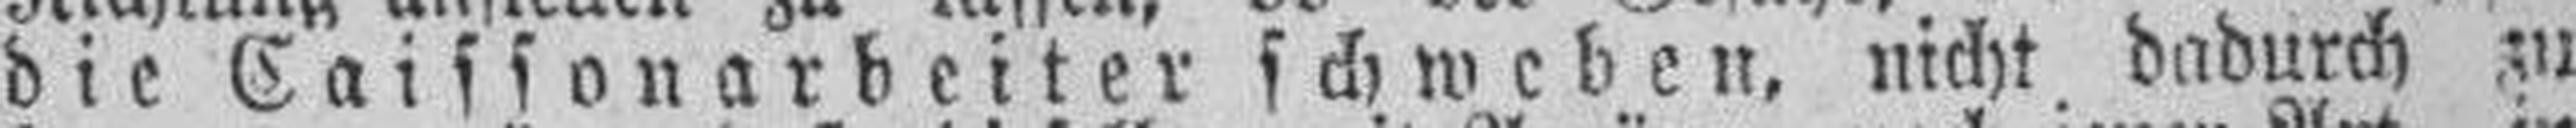
die Caissonarbeiter schweben, nicht dadurch zu